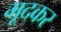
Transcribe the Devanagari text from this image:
मूदकर